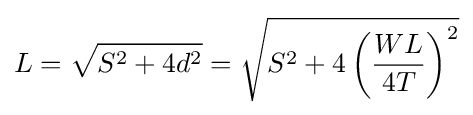
L={\sqrt {S^{2}+4d^{2}}}={\sqrt {S^{2}+4\left({\frac {WL}{4T}}\right)^{2}}}